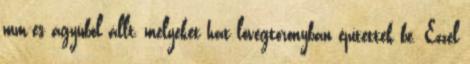
mm-es ágyúból állt, melyeket hat lövegtoronyban építettek be. Ezzel